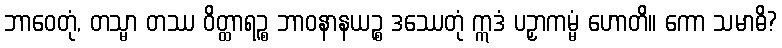
ဘာဝေတုံ, တသ္မာ တဿ ဝိတ္ထာရဉ္စ ဘာဝနာနယဉ္စ ဒဿေတုံ ဣဒံ ပဉှာကမ္မံ ဟောတိ။ ကော သမာဓိ?